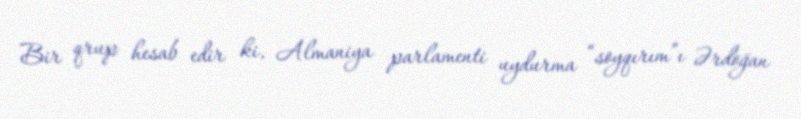
Bir qrup hesab edir ki, Almaniya parlamenti uydurma “soyqırım”ı Ərdoğan